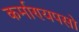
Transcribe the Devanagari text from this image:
कर्माण्यपसो